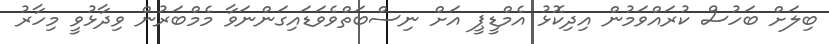
ބިލަށް ބަހުސް ކުރައްވަމުން އިދިކޮޅު އެމްޑީޕީ އަށް ނިސްބަތްވެވަޑައިގަންނަވާ މެމްބަރުން ވިދާޅުވީ މިހާރު